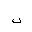
Letter: _non